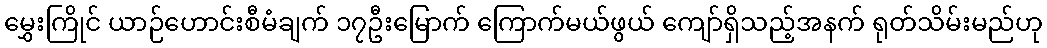
မွှေးကြိုင် ယာဉ်ဟောင်းစီမံချက် ၁၇ဦးမြောက် ကြောက်မယ်ဖွယ် ကျော်ရှိသည့်အနက် ရုတ်သိမ်းမည်ဟု